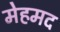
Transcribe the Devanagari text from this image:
मेहमद